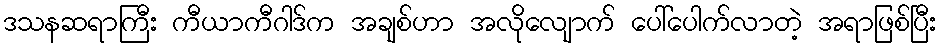
ဒသနဆရာကြီး ကီယာကီဂါဒ်က အချစ်ဟာ အလိုလျောက် ပေါ်ပေါက်လာတဲ့ အရာဖြစ်ပြီး